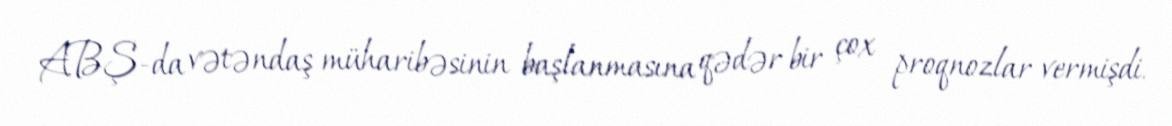
ABŞ-da vətəndaş müharibəsinin başlanmasına qədər bir çox proqnozlar vermişdi.